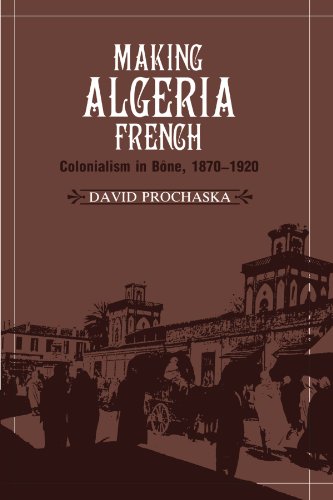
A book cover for Making Algeria French: Colonialism in BÃ´ne, 1870-1920; David Prochaska; History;